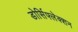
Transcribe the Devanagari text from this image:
डोर्सिफ्लेक्शन